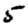
Digit: 5